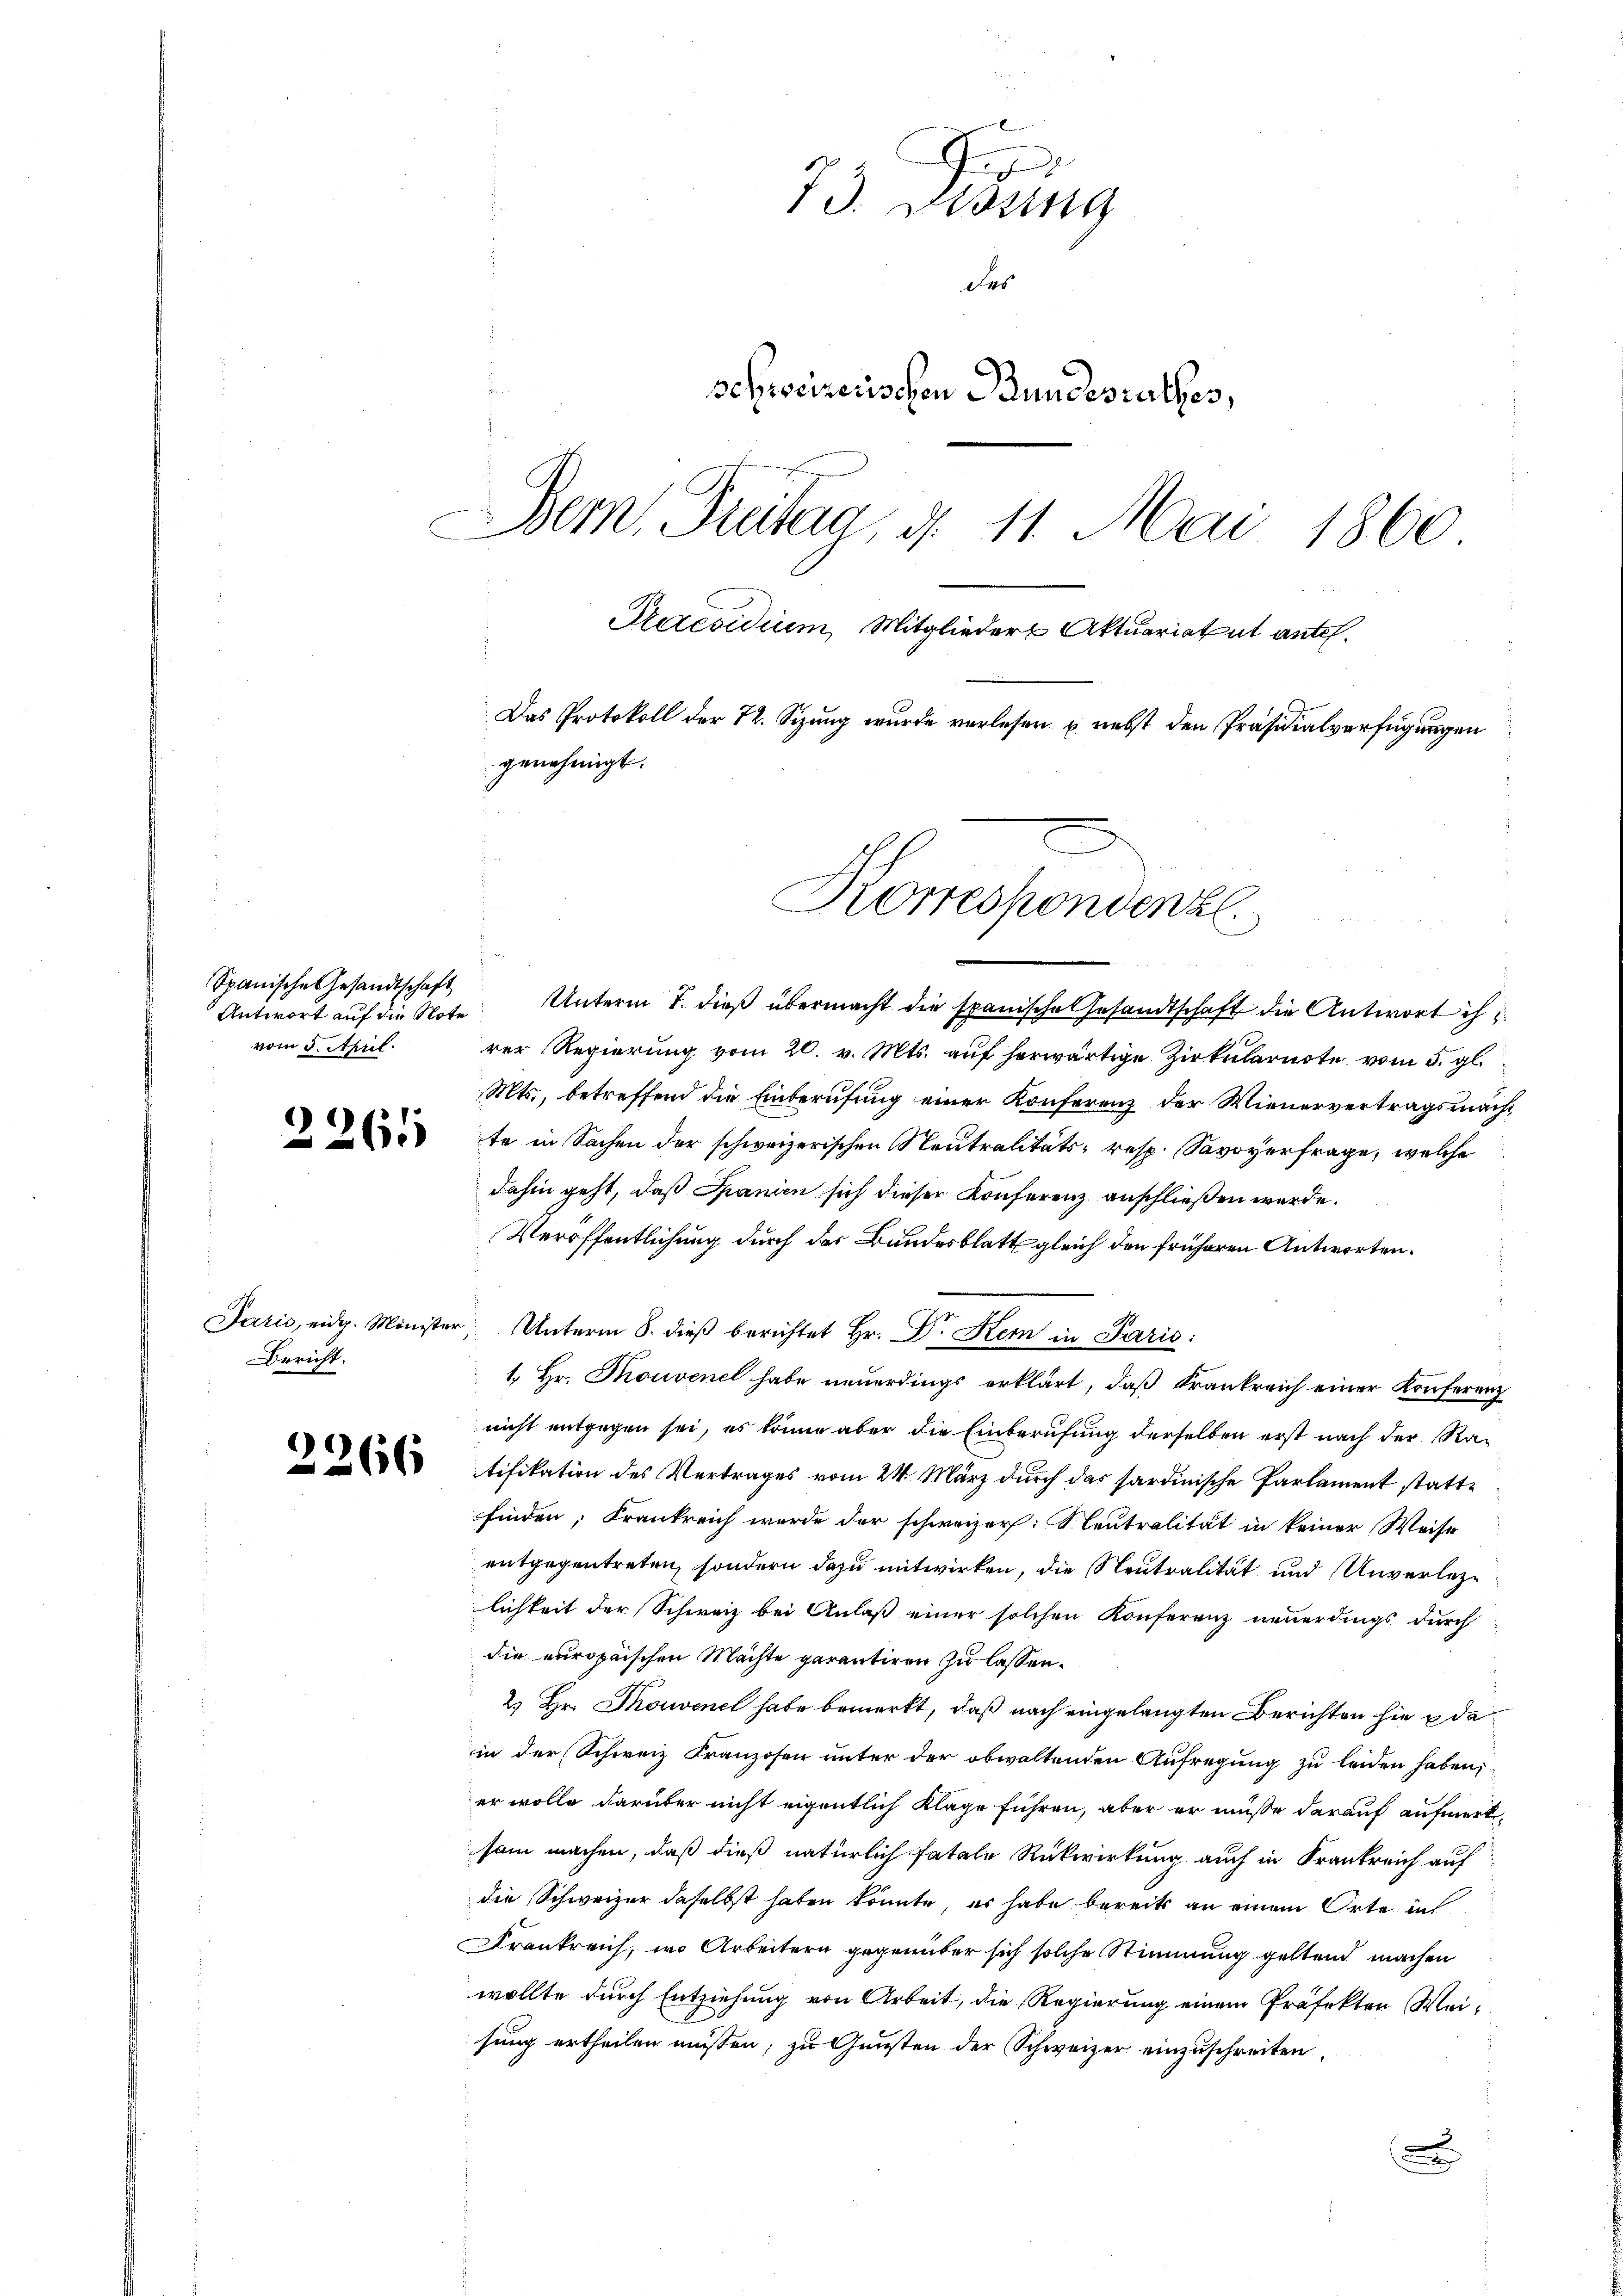
Spanische Gesandtschaft
Antwort auf die Note
vom 5. April.

2261

Bericht.

)
266

73. Disung
des
Schweizerischen Bundesrathes,
Bem, Freitag, d. 11. Mai 1860
Praesidium, Mitglieder Aktuariatut ante.
Das Protokoll der 12. Sizung wurde verlesen & nebst den Präsidialverfügungen
genehmigt.

Korrespondenzl.

Unterm 7. dieß übermacht die spanische Gesandtschaft die Antwort ih
rer Regierung vom 20. v. Mts. auf herwärtige Zirkularnote vom 5. gl.
Mts., betreffend die Einberufung einer Konferenz der Wienervertragsmachte in Sachen der schweizerischen Neutralitäts- resp. Savoyerfrage, welche
dahin geht, daß Spanien sich dieser Konferenz anschließen werde.
Veröffentlichung durch der Bundesblatt gleich den früheren Antworten.
Jaris, eidg. Minister Unterm 8. dieβ berichtet Hr. Dr. Stern in Paris:
1. Hr. Thouvenel habe neuerdings erklärt, daß Frankreich einer Konferenz
nicht entgegen sei, es könne aber die Einberufung derselben erst nach der Ratifikation des Vertrages vom 24. März durch das sardinische Parlament statte
finden; Krankreich wurde der schweizer: SCeutralität in keiner Weise
entgegentreten, sondern dazu mitwirken, die Neutralität und Unverlege
lichkeit der Schweiz bei Anlaß einer solchen Konferenz neuerdings durch
die europaischen Mächte garantiren zu lassen.
2.) Hr. Thouvenet habe bemerkt, daß nach eingelangten Berichten hie de
in der Schweiz Franzosen unter der obwaltenden Aufregung zu leiden haben,
er wolle darüber nicht eigentlich Klage führen, aber er müsse darauf aufmerksam machen, daß dieß natürlich fatale Rückwirkung auch in Krankreich auf
die Schweizer daselbst haben könnte, er habe bereits an einem Orte in
Krankreich, wo Arbeitern gegenüber sich solche Stimmung geltend machen
wollte durch Entziehung von Arbeit, die Regierung einem Präfekten Weisung ertheilen müssen, zu Gunsten der Schweizer einzuschreiten.
.
.